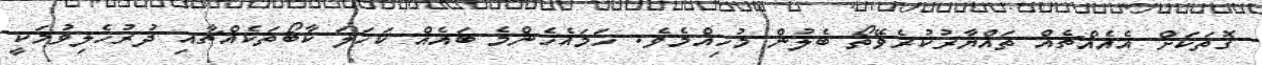
ގޮތަކަށް އެއެއްޗެއް ތައްޔާރުކުރެވޭތޯ ބެލުން މުހިއްމެވެ. ހަމައެހެންމެ ބައެއް ކަހަލަ ކާބޯތަކެއްޗާއި ދުރުހެލިވުމަކީ